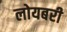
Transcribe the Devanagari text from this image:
लोयबरी